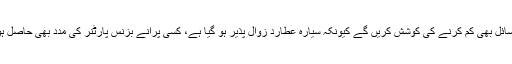
آپ پرانے مسائل بھی کم کرنے کی کوشش کریں گے کیونکہ سیارہ عطارد زوال پذیر ہو گیا ہے، کسی پرانے بزنس پارٹنر کی مدد بھی حاصل ہو سکتی ہے۔